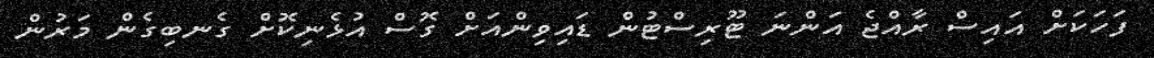
ފަހަކަށް އައިސް ރާއްޖެ އަންނަ ޓޫރިސްޓުން ޑައިވިންއަށް ގޮސް އުޅެނިކޮށް ގެނބިގެން މަރުން